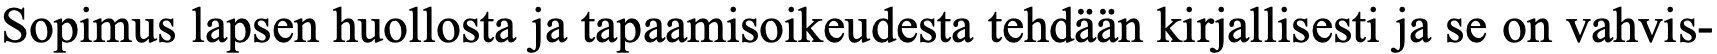
Sopimus lapsen huollosta ja tapaamisoikeudesta tehdään kirjallisesti ja se on vahvis-